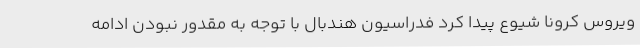
ویروس کرونا شیوع پیدا کرد فدراسیون هندبال با توجه به مقدور نبودن ادامه